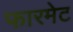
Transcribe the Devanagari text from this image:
फारमेट